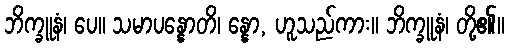
ဘိက္ခူနံ၊ ပေ။ သမာပန္နောတိ၊ န္နော, ဟူသည်ကား။ ဘိက္ခူနံ၊ တို့၏။